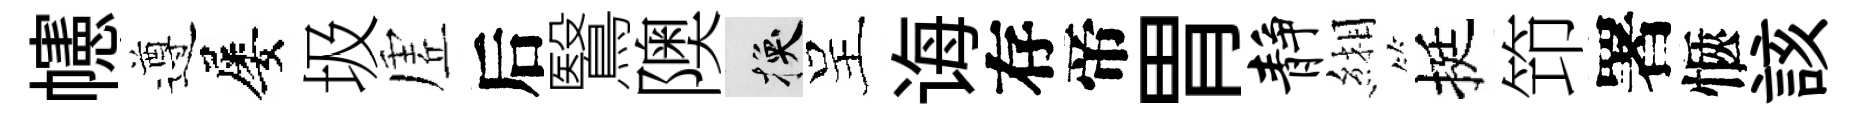
幰遵屡圾虗后鷖隩换呈诲存帝胃静緗挺笻署愜該